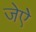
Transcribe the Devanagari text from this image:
जेऐ